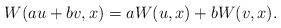
LaTeX: \begin{align*}W(au+bv,x)=aW(u,x)+bW(v,x).\end{align*}